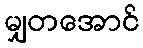
မျှတအောင်